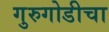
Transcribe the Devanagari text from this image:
गुरुगोडीचा